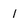
Character: 1